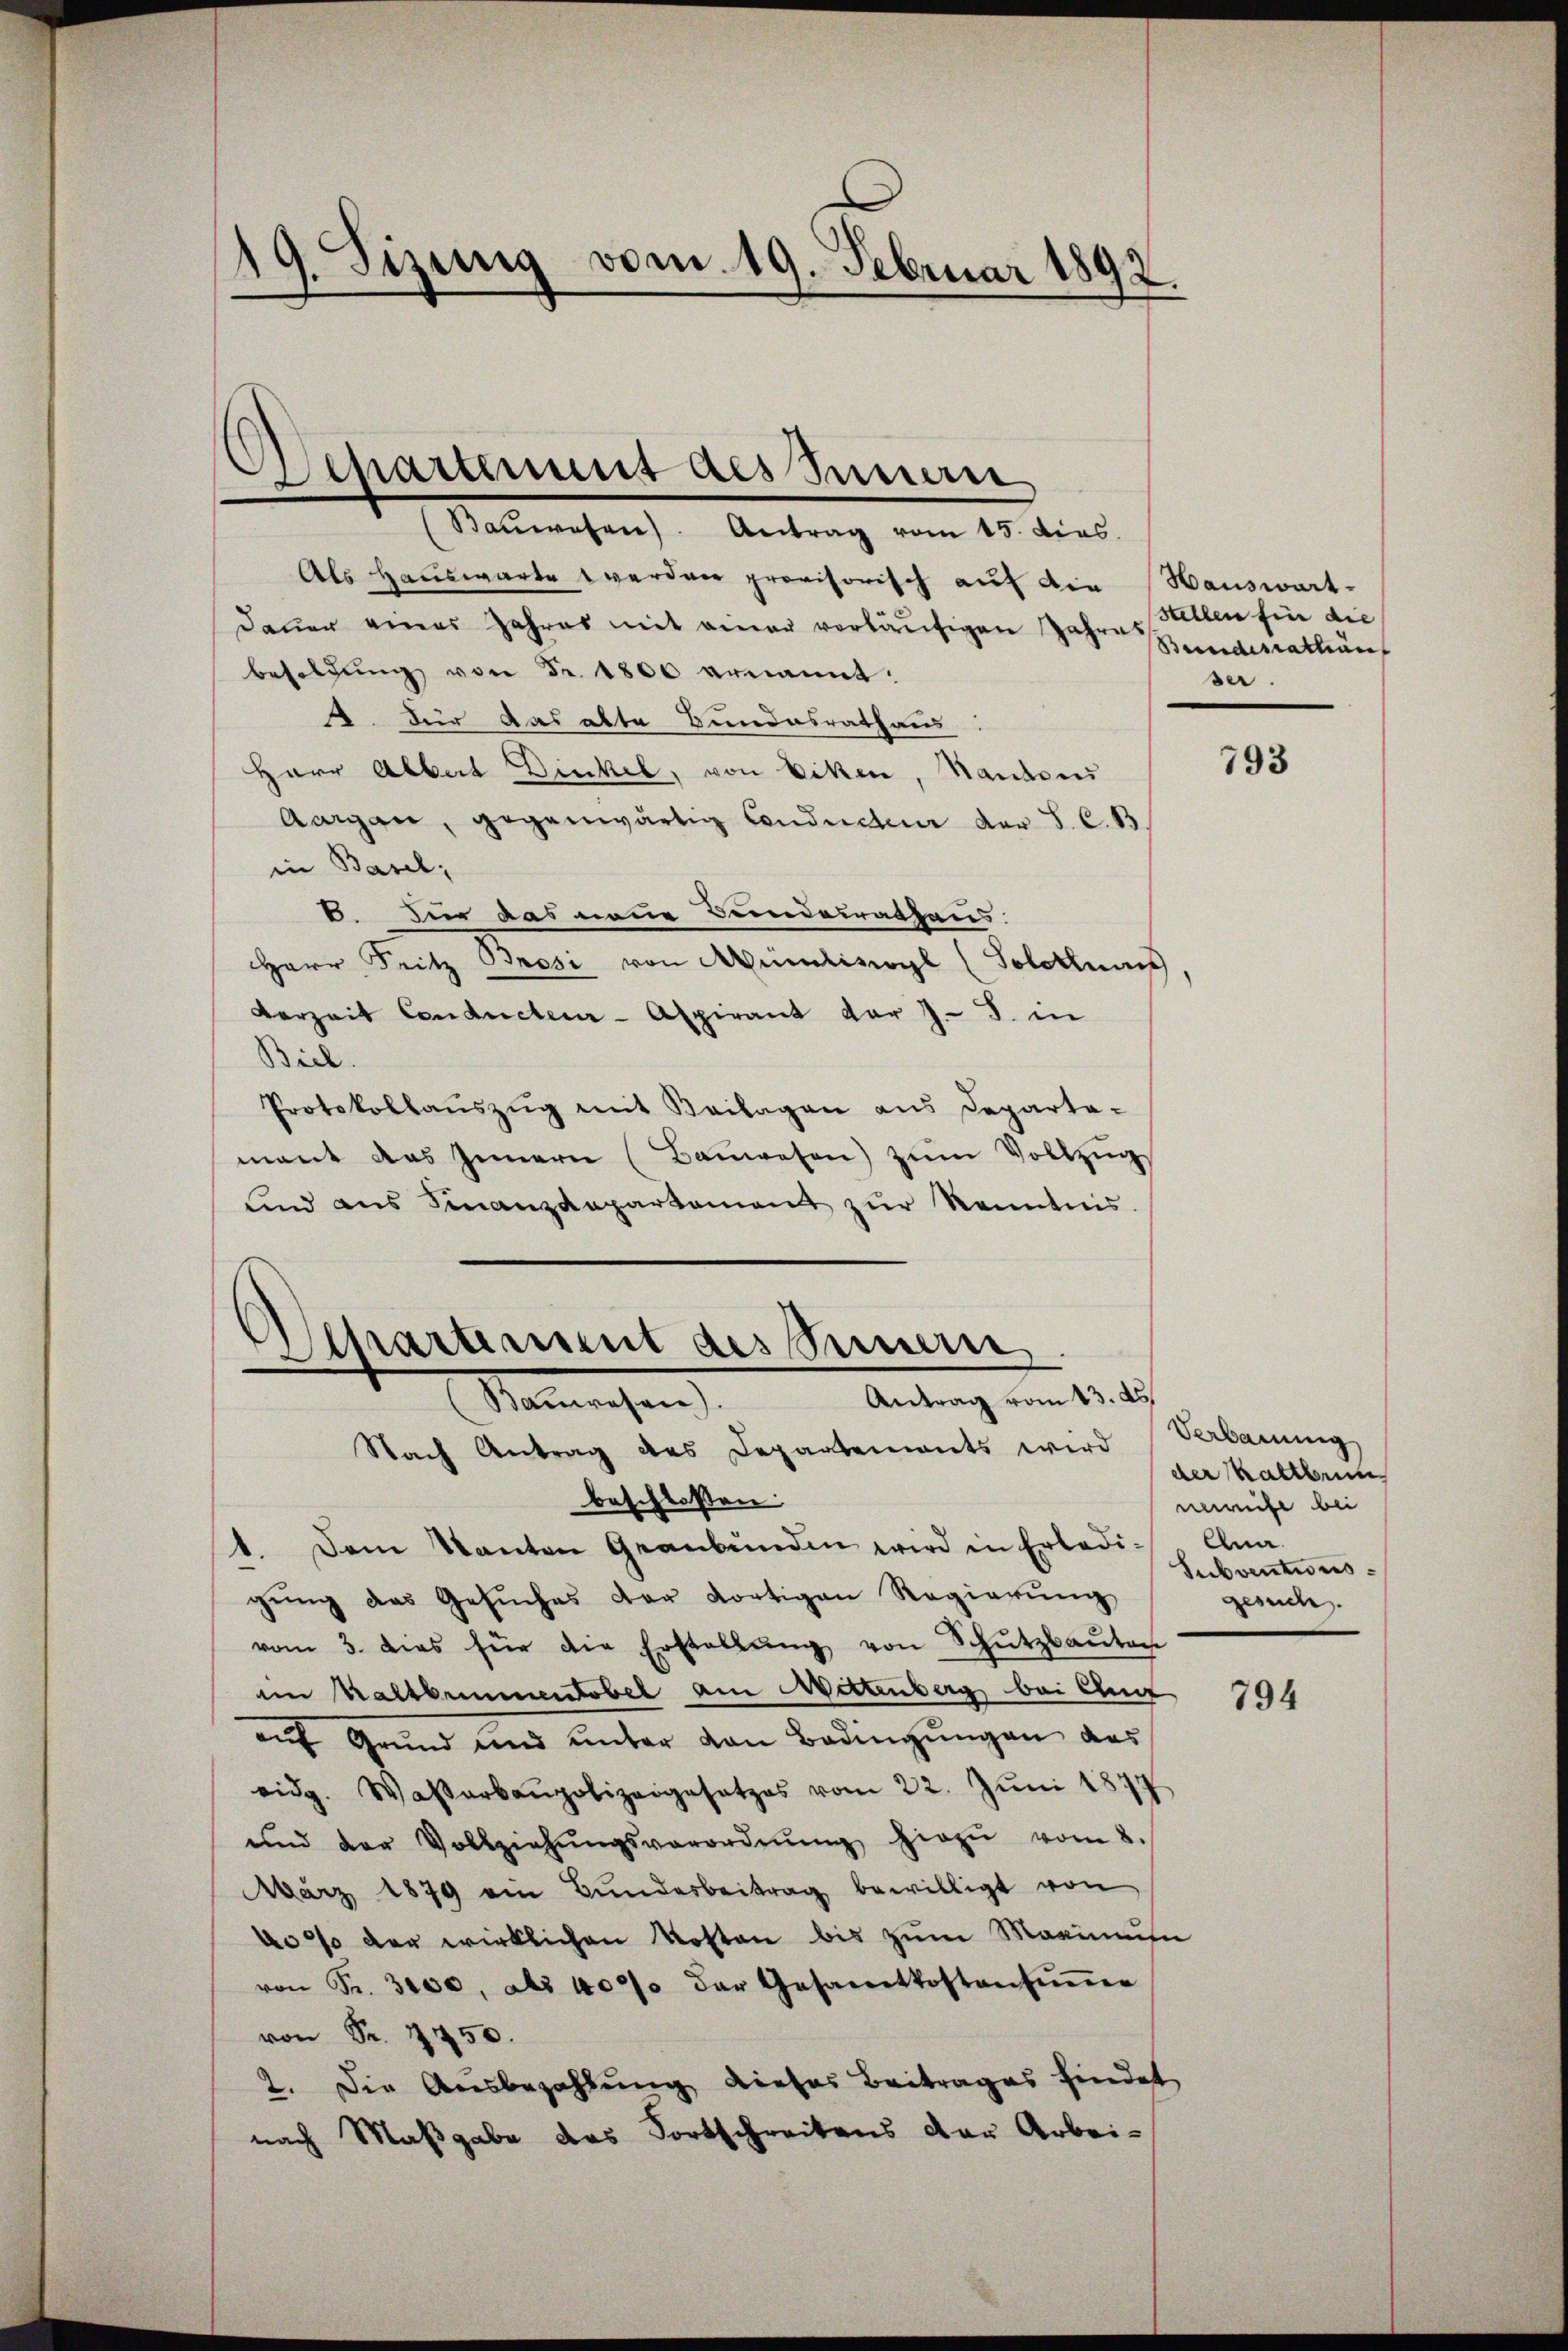
19. Sizung vom 19. Februar 1892.

Departement des Innern
(Baŭwesen). Antrag vom 15. dies

Als Hauswarte 1 verden provisorisch auf die Hauswart-
dauer eines Jahres mit einer verläufigen Jahres
besoldung von Fr. 1800 ernannt:
A. Für das alte Bundesrathaus
Herr Albert Dinkel, von Ecken, Kantons
Aargau, gegenwärtig Conducteur der S. C. B
in Basel;
6. Die das neue Bundesrathens
Herr Pritz Brosi von Mumliswyl (Solothurs
Verzeit Conducten- Aspirant der J. J. in
Biel.
Protokollauszug mit Beilagen aus Departa-
mant das Innern (Baŭwesen zŭm Vollzŭgs
ind ans Finanzdepartament zŭr Kenntnis.

Separtement des Innern
Antrag vom 13. ds.
Nammrechen

Nach Antrag des Departements wird
beschlossen:
1. Dem Kanton Graubünden wird in Erledi- Ana-
gŭng das Gesŭches der dortigen Regierŭng
vom 3. dies für die Erstellŭng von Schŭtzbaŭten
im Kaltbrunnentobel am Mittenberg bei Ang
auf Grund und unter von Bedingungen das
eidg. Wasserbaupolizeigesetzes vom 22. Jŭni 1877
ŭnd der Vollziehŭngsverordnŭng hiezŭ vom 8.
März 1879 ein Bŭndesbeitrag bewilligt von
40% der wirklichen Kosten bis zum Maximuse
von Fr. 3000, als 4000 der Gesamtkostensŭṁer
von Fr. 1450.
2. Die Ausbezahlung dieses Beitrages findet
nach Maßgabe das Fortschreibens der Arbei-

Stellen fin die
Bundesrathun
ser.

793

Verbauung
der Kattbrun
neweise bei
Subventiersgesuch.

794